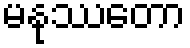
မနုဿတော